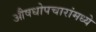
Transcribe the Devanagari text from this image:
औषधोपचारांमध्ये